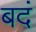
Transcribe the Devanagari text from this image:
बदं